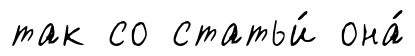
так со статьи́ она́